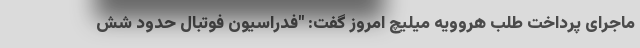
ماجرای پرداخت طلب هروویه میلیچ امروز گفت: "فدراسیون فوتبال حدود شش